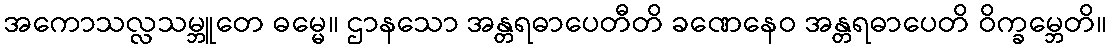
အကောသလ္လသမ္ဘူတေ ဓမ္မေ။ ဌာနသော အန္တရဓာပေတီတိ ခဏေနေဝ အန္တရဓာပေတိ ဝိက္ခမ္ဘေတိ။